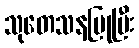
သုတေသနပြုပြီး